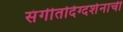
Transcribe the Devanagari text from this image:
संगीतदिग्दर्शनाची